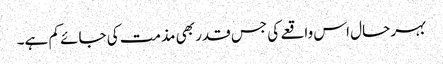
بہر حال اس واقعے کی جس قدر بھی مذمت کی جائے کم ہے۔